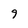
Character: 9